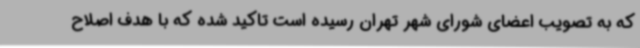
که به تصویب اعضای شورای شهر تهران رسیده است تاکید شده که با هدف اصلاح